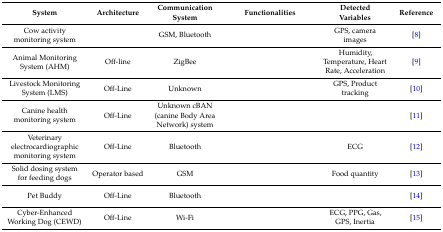
<table><thead><tr><td><b>System</b></td><td><b>Architecture</b></td><td><b>Communication System</b></td><td><b>Functionalities</b></td><td><b>Detected Variables</b></td><td><b>Reference</b></td></tr></thead><tbody><tr><td>Cow activity monitoring system</td><td>[EMPTY_CELL]</td><td>GSM, Bluetooth</td><td>[EMPTY_CELL]</td><td>GPS, camera images</td><td>[8]</td></tr><tr><td>Animal Monitoring System (AHM)</td><td>Off-line</td><td>ZigBee</td><td>[EMPTY_CELL]</td><td>Humidity, Temperature, Heart Rate, Acceleration</td><td>[9]</td></tr><tr><td>Livestock Monitoring System (LMS)</td><td>Off-Line</td><td>Unknown</td><td>[EMPTY_CELL]</td><td>GPS, Product tracking</td><td>[10]</td></tr><tr><td>Canine health monitoring system</td><td>Off-Line</td><td>Unknown cBAN (canine Body Area Network) system</td><td>[EMPTY_CELL]</td><td>[EMPTY_CELL]</td><td>[11]</td></tr><tr><td>Veterinary electrocardiographic monitoring system</td><td>Off-Line</td><td>Bluetooth</td><td>[EMPTY_CELL]</td><td>ECG</td><td>[12]</td></tr><tr><td>Solid dosing system for feeding dogs</td><td>Operator based</td><td>GSM</td><td>[EMPTY_CELL]</td><td>Food quantity</td><td>[13]</td></tr><tr><td>Pet Buddy</td><td>Off-Line</td><td>Bluetooth</td><td>[EMPTY_CELL]</td><td>[EMPTY_CELL]</td><td>[14]</td></tr><tr><td>Cyber-Enhanced Working Dog (CEWD)</td><td>Off-Line</td><td>Wi-Fi</td><td>[EMPTY_CELL]</td><td>ECG, PPG, Gas, GPS, Inertia</td><td>[15]</td></tr></tbody></table>